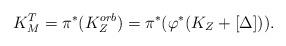
LaTeX: \begin{align*}K_{M}^{T}=\pi^{\ast}(K_{Z}^{orb})=\pi^{\ast}(\varphi^{\ast}(K_{Z}+[\Delta])).\end{align*}